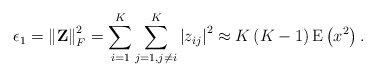
\begin{align*}\epsilon_1 = \left\| \mathbf{Z} \right\|_F^2 = \sum_{i=1}^K \sum_{j=1, j\neq i} ^K \left| z_{ij} \right|^2 \approx K\left(K - 1 \right)\mathrm{E}\left( x^2 \right).\end{align*}